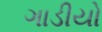
ગાડીયો